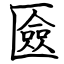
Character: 匳